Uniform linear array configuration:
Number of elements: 8
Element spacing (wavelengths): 0.75
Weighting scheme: uniform
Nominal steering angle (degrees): -30
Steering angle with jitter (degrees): -31.708
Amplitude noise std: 0.05
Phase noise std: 0.05

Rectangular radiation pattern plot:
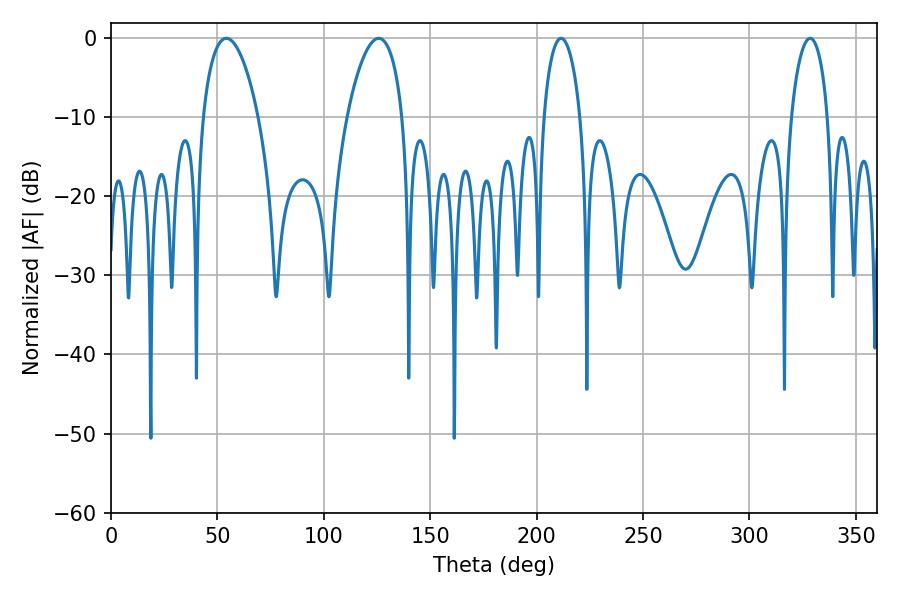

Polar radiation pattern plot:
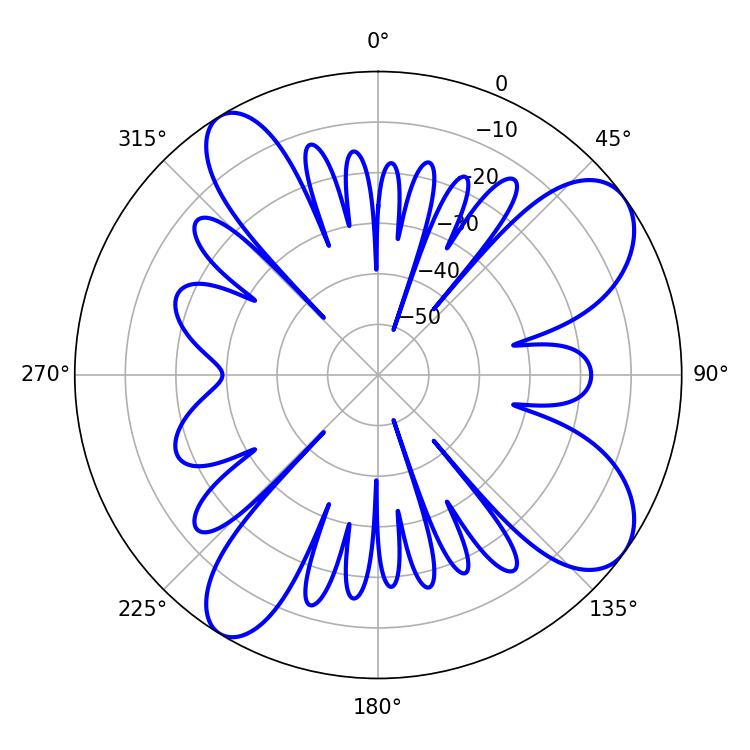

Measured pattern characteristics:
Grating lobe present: TRUE
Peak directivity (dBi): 9.166
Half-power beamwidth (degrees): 14.58
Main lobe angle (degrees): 54.18